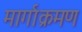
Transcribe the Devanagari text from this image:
मार्गाक्रमण